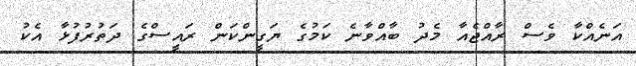
އަނެއްކާ ވެސް ރާއްޖެއާ މެދު ބާއްވާނެ ކަމުގެ ޔަގީންކަން ރައީސްގެ ދަތުރުފުޅާ އެކު